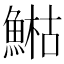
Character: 𩹬